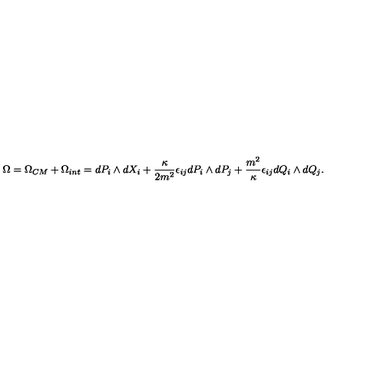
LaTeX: \Omega = \Omega _ { C M } + \Omega _ { i n t } = d P _ { i } \wedge d X _ { i } + \frac { \kappa } { 2 m ^ { 2 } } \epsilon _ { i j } d P _ { i } \wedge d P _ { j } + \frac { m ^ { 2 } } { \kappa } \epsilon _ { i j } d Q _ { i } \wedge d Q _ { j } .